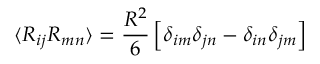
\langle R _ { i j } R _ { m n } \rangle = \frac { R ^ { 2 } } { 6 } \left[ \delta _ { i m } \delta _ { j n } - \delta _ { i n } \delta _ { j m } \right]